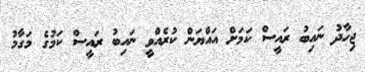
ޖިހާދު ނައިބު ރައީސް ކަމަށް އައްޔަން ކުރެއްވީ ނައިބު ރައީސް ކަމުގެ މަގާމު